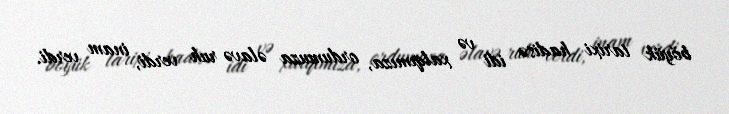
böyük tarixi hadisə idi və xalqımıza, ordumuza əlavə ruh verdi, inam verdi.